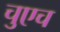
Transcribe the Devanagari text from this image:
चुएच